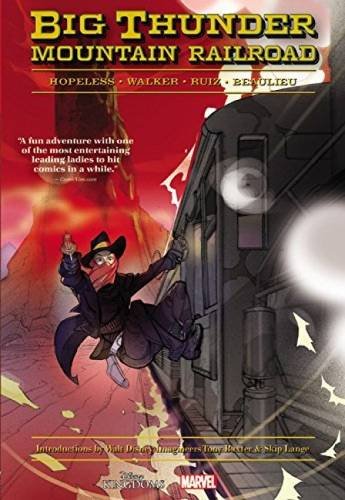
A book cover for Big Thunder Mountain Railroad; Dennis Hopeless; Comics & Graphic Novels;